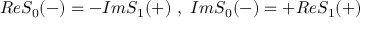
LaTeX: R e S _ { 0 } ( - ) = - I m S _ { 1 } ( + ) \ , \ I m S _ { 0 } ( - ) = + R e S _ { 1 } ( + )